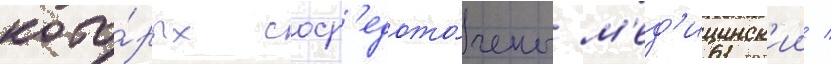
кото́рых соср'едото́чены м'ед'ицинск'ии /